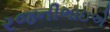
રજનીભાઇએ